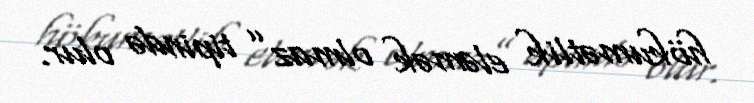
hökumətlik eləmək olmaz” tipində olur.